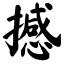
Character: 撼